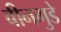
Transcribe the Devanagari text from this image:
बीनगुडे